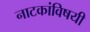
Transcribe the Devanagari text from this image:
नाटकांविषयी